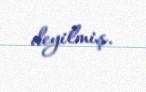
deyilmiş.